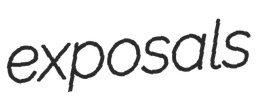
exposals